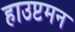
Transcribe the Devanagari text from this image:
हाउप्टमन